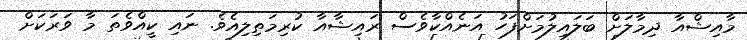
މާއިޝްއާ ދިމާލަށް ބަލައިލުމަށްފަހު އަނެއްކާވެސް ރައިޝާއާ ކުރިމަތިލިއެވެ. ނައި ކީއްވެތަ މާ ވަރަކަށް